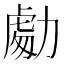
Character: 𭄾